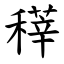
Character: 䅸